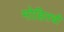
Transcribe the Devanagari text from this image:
मोहितची